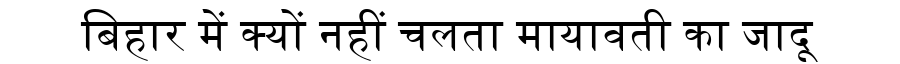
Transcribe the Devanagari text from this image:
बिहार में क्यों नहीं चलता मायावती का जादू